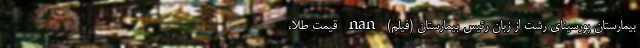
بیمارستان پورسینای رشت از زبان رئیس بیمارستان (فیلم) nan قیمت طلا،